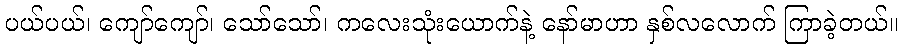
ပယ်ပယ်၊ ကျော်ကျော်၊ သော်သော်၊ ကလေးသုံးယောက်နဲ့ နော်မာဟာ နှစ်လလောက် ကြာခဲ့တယ်။